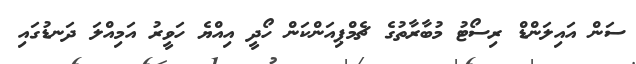
ސަން އައިލަންޑް ރިސޯޓު މުބާރާތުގެ ޗެމްޕިއަންކަން ހޯދީ އިއްޔެ ހަވީރު އަމިއްލަ ދަނޑުގައި